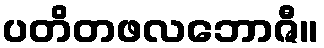
ပတိတဖလဘောဇီ။